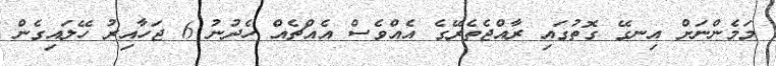
މަމެންނަށް އިނގޭ ގޮތުގައި ރާއްޖެތެރޭގެ އެެއްވެސް އެއްޗެއް ހެދުނު 6 ޖަހާއިރު ހޭލައިގެން